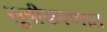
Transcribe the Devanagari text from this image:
सूत्रीकरणात